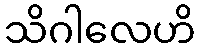
သိဂါလေဟိ